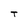
Character: T